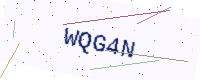
Text: WQG4N